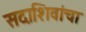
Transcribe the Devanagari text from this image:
सदाशिवांचा